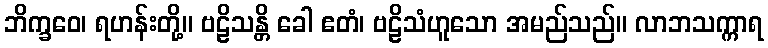
ဘိက္ခဝေ၊ ရဟန်းတို့။ ဗဠိသန္တိ ခေါ ဧတံ၊ ဗဠိသံဟူသော အမည်သည်။ လာဘသက္ကာရ